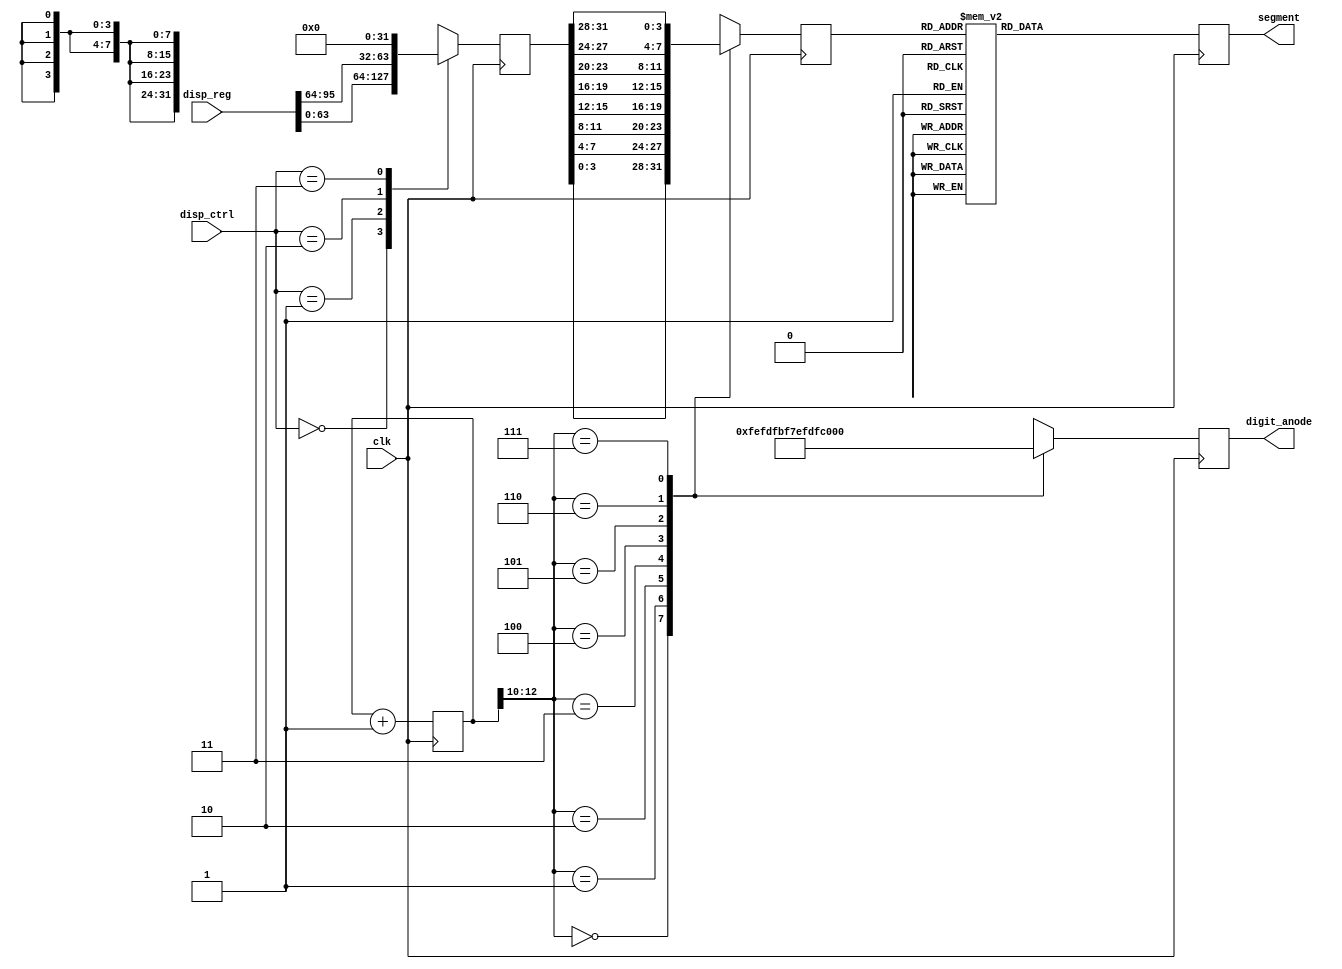
module display_32(clk,disp_reg,disp_ctrl,digit_anode,segment);
input clk;
input wire [95:0] disp_reg;
input wire [1:0]   disp_ctrl;
output reg [7:0]  digit_anode;
output reg [7:0]   segment;
reg [31:0]disp_num;
reg [12:0] cnt=0;
reg [3:0] num;

always@(posedge clk)begin
    case(disp_ctrl)
			2'b00:disp_num <= disp_reg[63:32];
			2'b01:disp_num <= disp_reg[31:0];
			2'b10:disp_num <= disp_reg[95:64];
			2'b11:disp_num <= 32'b0;
    endcase
		case(cnt[12:10])
			3'b000:begin
			  digit_anode <= 8'b11111110;
			  num <= disp_num[3:0];
			  end
			3'b001:begin
			  digit_anode <= 8'b11111101;
			  num <= disp_num[7:4];
			  end
			3'b010:begin
			  digit_anode <= 8'b11111011;
				num <= disp_num[11:8];
			  end
			3'b011:begin
			  digit_anode <= 8'b11110111;
			  num <= disp_num[15:12];
			  end
			3'b100:begin
			  digit_anode <= 8'b11101111;
			  num <= disp_num[19:16];
			  end
			3'b101:begin
			  digit_anode <= 8'b11011111;
			  num <= disp_num[23:20];
			  end
			3'b110:begin
			  digit_anode <= 8'b10111111;
			  num <= disp_num[27:24];
				end
			3'b111:begin
			  digit_anode <= 8'b01111111;
			  num <= disp_num[31:28];
			end
			endcase
    case(num)
			4'b0000:segment<=8'b11000000;
			4'b0001:segment<=8'b11111001;
			4'b0010:segment<=8'b10100100;
			4'b0011:segment<=8'b10110000;
			4'b0100:segment<=8'b10011001;
			4'b0101:segment<=8'b10010010;
			4'b0110:segment<=8'b10000010;
			4'b0111:segment<=8'b11111000;
			4'b1000:segment<=8'b10000000;
			4'b1001:segment<=8'b10010000;
			4'b1010:segment<=8'b10001000;
			4'b1011:segment<=8'b10000011;
			4'b1100:segment<=8'b11000110;
			4'b1101:segment<=8'b10100001;
			4'b1110:segment<=8'b10000110;
			4'b1111:segment<=8'b10001110;
		endcase
	end

	always@(posedge clk) begin
			cnt<=cnt+1;
	end
endmodule